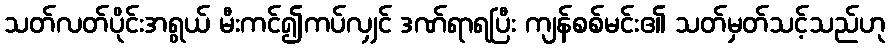
သတ်လတ်ပိုင်းအရွယ် မီးကင်၍ကပ်လျှင် ဒဏ်ရာရပြီး ကျန်စစ်မင်း၏ သတ်မှတ်သင့်သည်ဟု